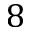
8